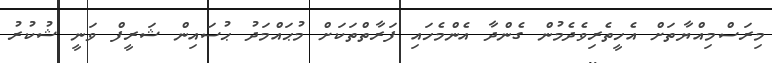
މިރަސްމިއްޔާތަށް އެހީތެރިވެދެމުން ގެންދާ އެންމެހައި ފަރާތްތަކަށް މުޙައްމަދު ޙުސައިން ޝަރީފް ވަނީ ޝުކުރު